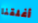
أغلقنا